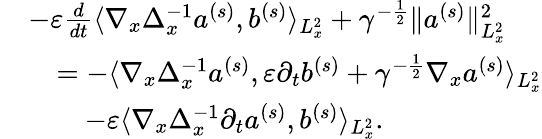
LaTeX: \begin{array}{rl}&{-\varepsilon\frac{d}{dt}\langle\nabla_{x}\Delta_{x}^{-1}a^{(s)},b^{(s)}\rangle_{L_{x}^{2}}+\gamma^{-\frac{1}{2}}\| a^{(s)}\| _{L_{x}^{2}}^{2}}\\ &{\quad=-\langle\nabla_{x}\Delta_{x}^{-1}a^{(s)},\varepsilon\partial_{t}b^{(s)}+\gamma^{-\frac{1}{2}}\nabla_{x}a^{(s)}\rangle_{L_{x}^{2}}}\\ &{\quad\quad-\varepsilon\langle\nabla_{x}\Delta_{x}^{-1}\partial_{t}a^{(s)},b^{(s)}\rangle_{L_{x}^{2}}.}\end{array}